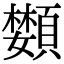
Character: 𩔵